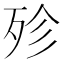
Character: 殄